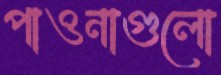
পাওনাগুলো